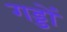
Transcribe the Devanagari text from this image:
गड्डों